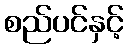
စည်ပင်နှင့်